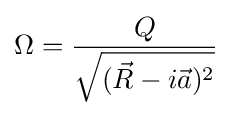
\Omega ={\frac {Q}{\sqrt {({\vec {R}}-i{\vec {a}})^{2}}}}